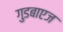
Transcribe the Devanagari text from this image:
गुडबाएज